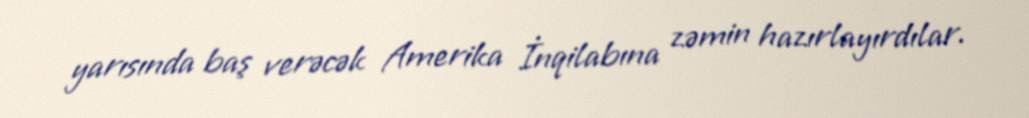
yarısında baş verəcək Amerika İnqilabına zəmin hazırlayırdılar.